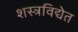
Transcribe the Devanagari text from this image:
शस्त्रविद्येत